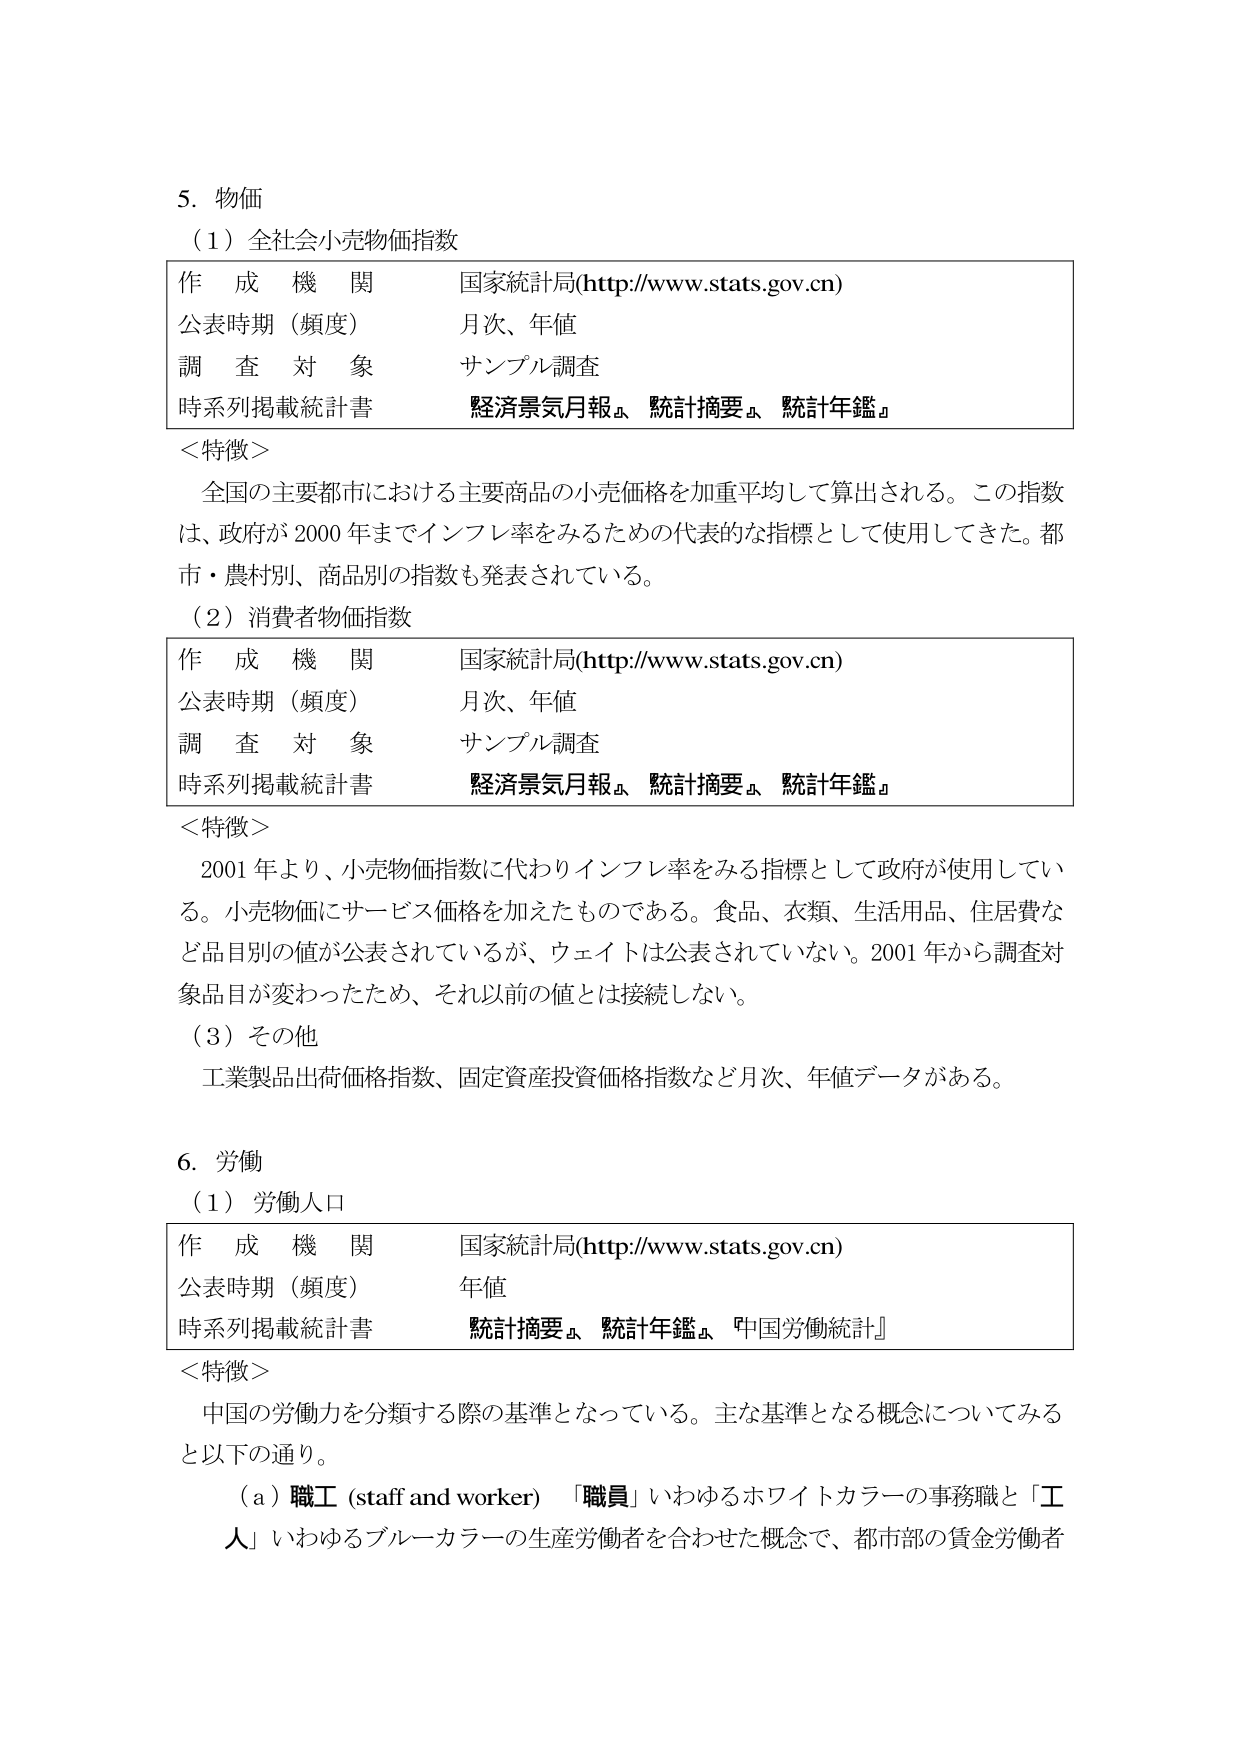
5. 物価
（1）全社会小売物価指数
作成機関 国家統計局(http://www.stats.gov.cn)
公表時期（頻度） 月次、年値
調査対象 サンプル調査
時系列掲載統計書 経済景気月報』、統計摘要』、統計年鑑』
＜特徴＞
全国の主要都市における主要商品の小売価格を加重平均して算出される。この指数は、政府が2000年までインフレ率をみるための代表的な指標として使用してきた。都市・農村別、商品別の指数も発表されている。
（2）消費者物価指数
作成機関 国家統計局(http://www.stats.gov.cn)
公表時期（頻度） 月次、年値
調査対象 サンプル調査
時系列掲載統計書 経済景気月報』、統計摘要』、統計年鑑』
＜特徴＞
2001年より、小売物価指数に代わりインフレ率をみる指標として政府が使用している。小売物価にサービス価格を加えたものである。食品、衣類、生活用品、住居費など品目別の値が公表されているが、ウェイトは公表されていない。2001年から調査対象品目が変わったため、それ以前の値とは接続しない。
（3）その他
工業製品出荷価格指数、固定資産投資価格指数など月次、年値データがある。
6. 労働
（1）労働人口
作成機関 国家統計局(http://www.stats.gov.cn)
公表時期（頻度） 年値
時系列掲載統計書 統計摘要』、統計年鑑』、『中国労働統計』
＜特徴＞
中国の労働力を分類する際の基準となっている。主な基準となる概念についてみると以下の通り。
（a）職工（staff and worker） 「職員」いわゆるホワイトカラーの事務職と「工人」いわゆるブルーカラーの生産労働者を合わせた概念で、都市部の賃金労働者